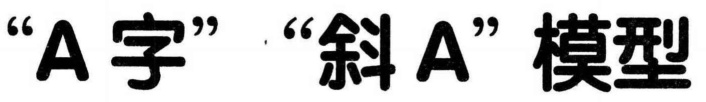
“\(A\)字” “斜\(A\)” 模型